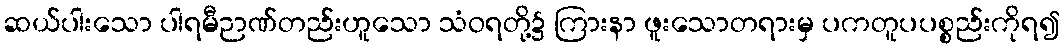
ဆယ်ပါးသော ပါရမီဉာဏ်တည်းဟူသော သံဝရတို့၌ ကြားနာ ဖူးသောတရားမှ ပကတူပပစ္စည်းကိုရ၍